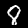
Digit: 8